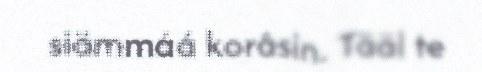
siämmáá korâsin. Tääl te